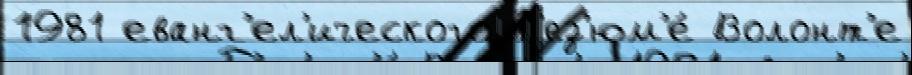
1981 еванг'ел'ического Р'ез'юм'е́ Волонт'е